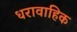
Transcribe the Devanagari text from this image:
धरावाहिक